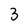
Character: 3